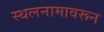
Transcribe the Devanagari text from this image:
स्थलनामावरून